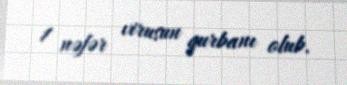
1 nəfər virusun qurbanı olub.